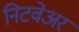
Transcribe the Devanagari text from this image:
निटवेअर